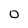
Character: 0